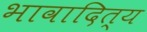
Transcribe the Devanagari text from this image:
भावादित्य